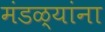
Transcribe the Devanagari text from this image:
मंडळ्यांना